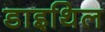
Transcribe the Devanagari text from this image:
डाइथिल